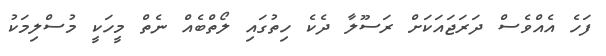
ފަހެ އެއްވެސް ދަރަޖައަކަށް ރަސޫލާ ދެކެ ހިތުގައި ލޯތްބެއް ނެތް މީހަކީ މުސްލިމަކު